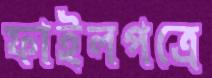
ফাইলপত্রে